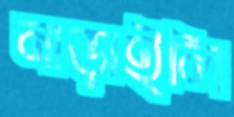
নাড়াইলি